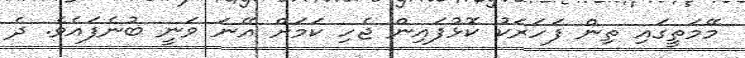
މޭމަތީގައި ތިން ފަހަރަކު ކޮޅުފައިން ޖެހި ކަމަށް އޭނަ ވަނީ ބުނެފައެވެ. ދެ